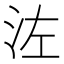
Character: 𣳇